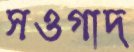
সওগাদ